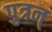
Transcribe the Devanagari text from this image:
पुत्रन्